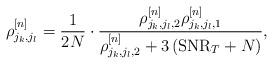
LaTeX: \begin{align*}\rho_{j_{k},j_{l}}^{[n]}=\frac{1}{2N}\cdot\frac{\rho_{j_{k},j_{l},2}^{[n]}\rho_{j_{k},j_{l},1}^{[n]}}{\rho_{j_{k},j_{l},2}^{[n]}+3\left(\mathrm{SNR}_{T}+N\right)},\end{align*}